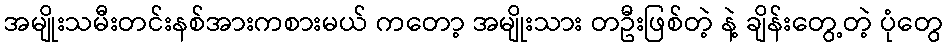
အမျိုးသမီးတင်းနစ်အားကစားမယ် ကတော့ အမျိုးသား တဦးဖြစ်တဲ့ နဲ့ ချိန်းတွေ့တဲ့ ပုံတွေ